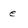
Character: e